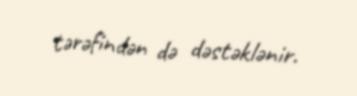
tərəfindən də dəstəklənir.